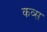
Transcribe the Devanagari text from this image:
कव्स